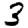
Digit: 3